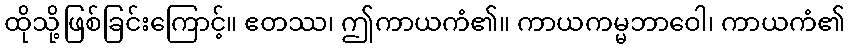
ထိုသို့ဖြစ်ခြင်းကြောင့်။ ဧတဿ၊ ဤကာယကံ၏။ ကာယကမ္မဘာဝေါ၊ ကာယကံ၏